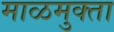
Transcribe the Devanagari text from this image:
माळमुक्ता